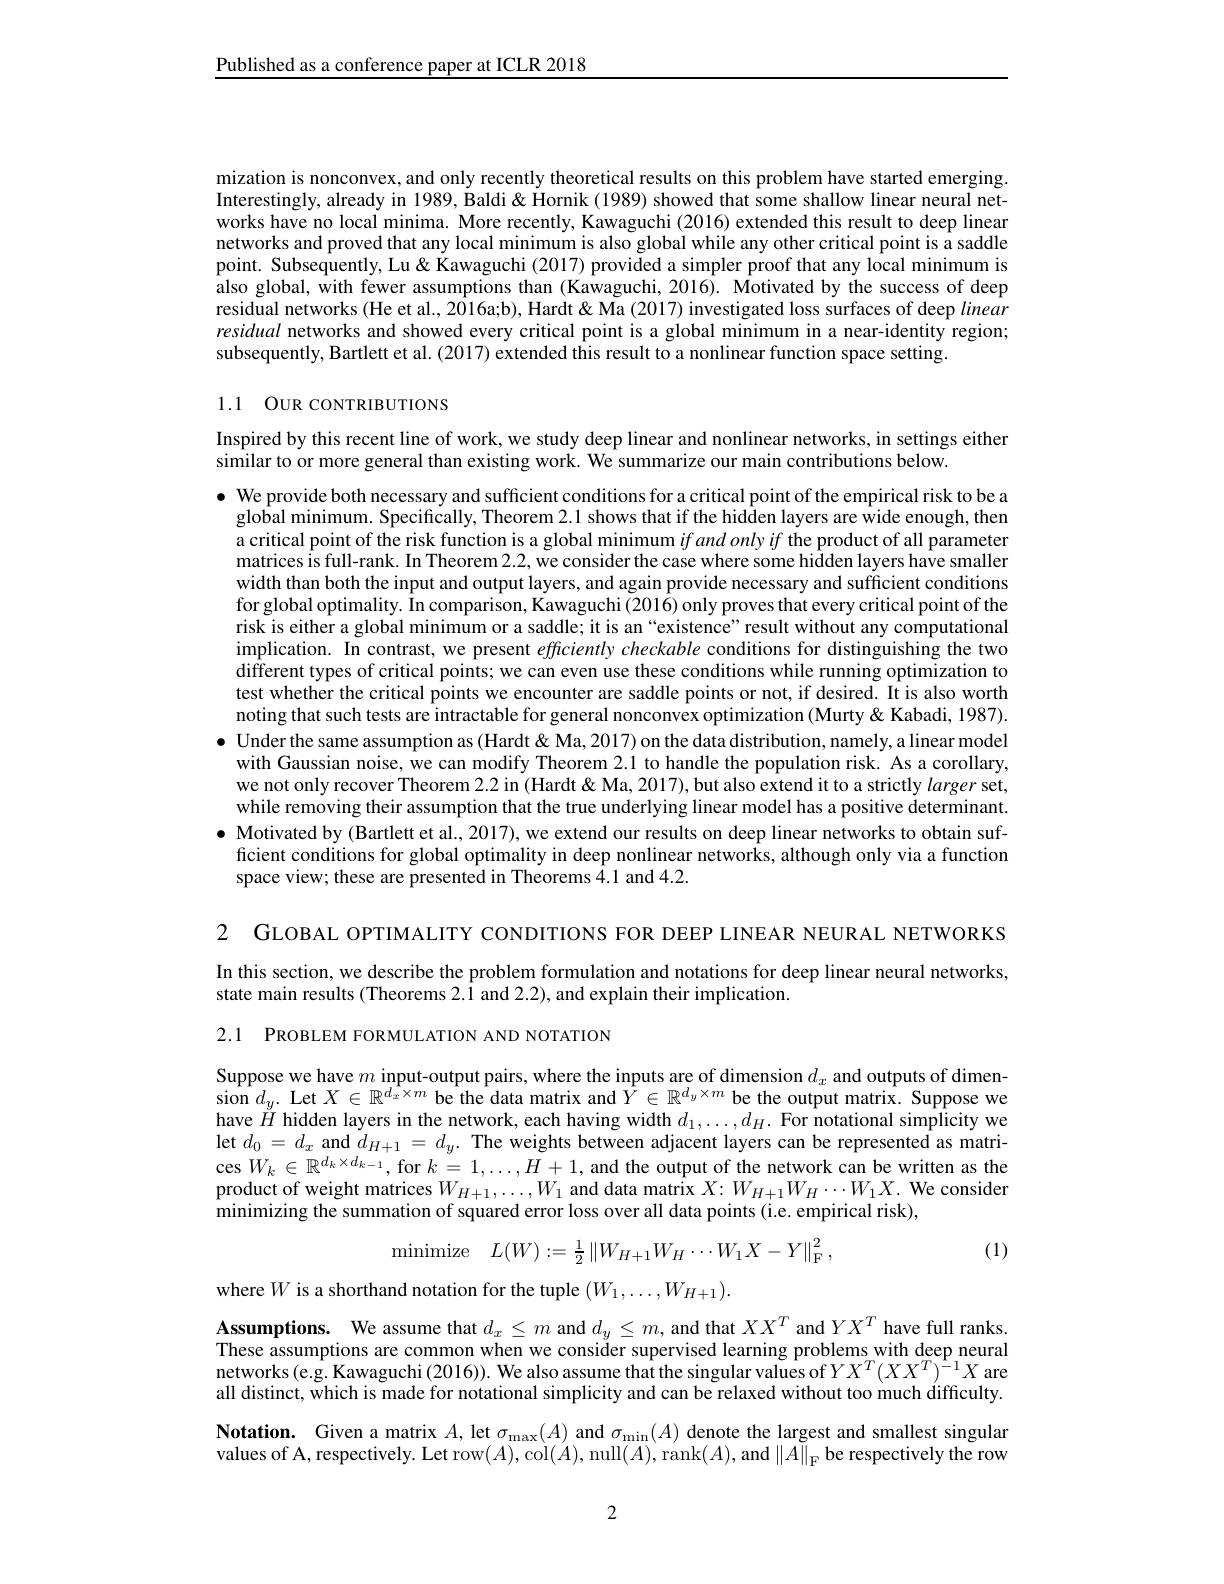
Published as a conference paper at ICLR 2018

mization is nonconvex, and only recently theoretical results on this problem have started emerging. Interestingly, already in 1989, $\dot{\text{Baldi}\&}$ Hornik (1989) showed that some shallow linear neural networks have no local minima. More recently, Kawaguchi (2016) extended this result to deep linear networks and proved that any local minimum is also global while any other critical point is a saddle point. Subsequently, Lu & Kawaguchi (2017) provided a simpler proof that any local minimum is also global, with fewer assumptions than (Kawaguchi, 2016). Motivated by the success of deep residual networks (He et al., 2016a;b), Hardt & Ma (2017) investigated loss surfaces of deep linear residual networks and showed every critical point is a global minimum in a near-identity region; subsequently, Bartlett et al. (2017) extended this result to a nonlinear function space setting.

## 1.1 OUR CONTRIBUTIONS

Inspired by this recent line of work, we study deep linear and nonlinear networks, in settings either
similar to or more general than existing work. We summarize our main contributions below.

$\bullet$ We provide both necessary and sufficient conditions for a critical point of the empirical risk to be a $\hat{\text{global minimum. Specifically, Theorem 2.1 shows that if the hidden layers are wide enough, then}}$ a critical point of the risk function is a global minimum ifandonlyif the product of all parameter matrices Îs full-rank. In Theorem 2.2, we consider the case where some hidden layers have smaller width than both the input and output layers, and again provide necessary and sufficient conditions for global optimality. In comparison, Kawaguchi (2016) only proves that every critical point of the risk is either a global minimum or a saddle; it is an “existence” result without any computational implication. In contrast, we present efficiently checkable conditions for distinguishing the two different types of critical points; we can even use these conditions while running optimization to test whether the critical points we encounter are saddle points or not, if desired. It is also worth noting that such tests are intractable for general nonconvex optimization (Murty &Kabadi, 1987).
$\bullet$ Under the same assumption as (Hardt & Ma, 2017) on the data distribution, namely, a linear model
with Gaussian noise, we can modify Theorem 2.1 to handle the population risk. As a corollary, we not only recover Theorem 2.2 in (Hardt&Ma, 2017), but also extend it to a strictly larger set, while removing their assumption that the true underlying linear model has a positive determinant.
$\bullet$ Motivated by (Bartlett et al., 2017), we extend our results on deep linear networks to obtain suf-
ficient conditions for global optimality in deep nonlinear networks, although only via a function
space view; these are presented in Theorems $\hat{4}.1$ and 4.2.

2 GLOBAL OPTIMALITY CONDITIONS FOR DEEP LINEAR NEURAL NETWORKS In this section, we describe the problem formulation and notations for deep linear neural networks, state main results (Theorems 2.1 and 2.2), and explain their implication.

2.1 PROBLEM FORMULATION AND NOTATION

Suppose we have $m$ input-output pairs, where the inputs are of dimension $d_x$ and outputs of dimension $d_y.$ Let $X\in\mathbb{R}^{d_x\times m}$ be the data matrix and $Y\in\mathbb{R}^{d_y\times m}$ be the output matrix. Suppose we have $\check{H}$ hidden layers in the network, each having width $d_1,\ldots,d_H.$ For notational simplicity we let $d_0=d_x$ and $d_{H+1}=d_y.$ The weights between adjacent layers can be represented as matrices $W_k\in\mathbb{R}^{d_k\times d_{k-1}}$, for $k=1,\ldots,H+1$, and the output of the network can be written as the product of weight matrices $W_{H+1},\ldots,W_{1}$ and data matrix $X:W_{H+1}W_{H}\cdots W_{1}X.$ We consider minimizing the summation of squared error loss over all data points (i.e. empirical risk),

(1)
$$\mathrm{minimize}\quad L(W):=\frac{1}{2}\left\|W_{H+1}W_{H}\cdots W_{1}X-Y\right\|_{\mathrm{F}}^{2},$$
where $W$ is a shorthand notation for the tuple $(W_1,\ldots,W_{H+1}).$

$\textbf{Assumptions. We assume that }d_x\leq m$ and $d_y\leq m$, and that $XX^T$ and $YX^T$ have full ranks. These assumptions are common when we consider supervised learning problems with deep neural networks(e.g. Kawaguchi(2016)). We also assume that the singular values of $YX^T(XX^T)^{-1}X$ are all distinct, which is made for notational simplicity and can be relaxed without too much difficulty. Notation. Given a matrix $A$, let $\sigma_{\max}(A)$ and $\sigma_{\min}(A)$ denote the largest and smallest singular values of A, respectively. Let row$(A)$,col$(A)$,null$(A)$,rank$(A)$,and $\|\tilde{A}\|_{\mathrm{F}}$be respectively the row

2